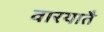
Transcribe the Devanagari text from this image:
वारयातै